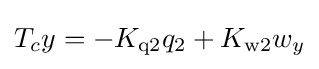
T_{c}y=-K_{\text{q2}}q_{2}+K_{\text{w2}}{w_{y}}